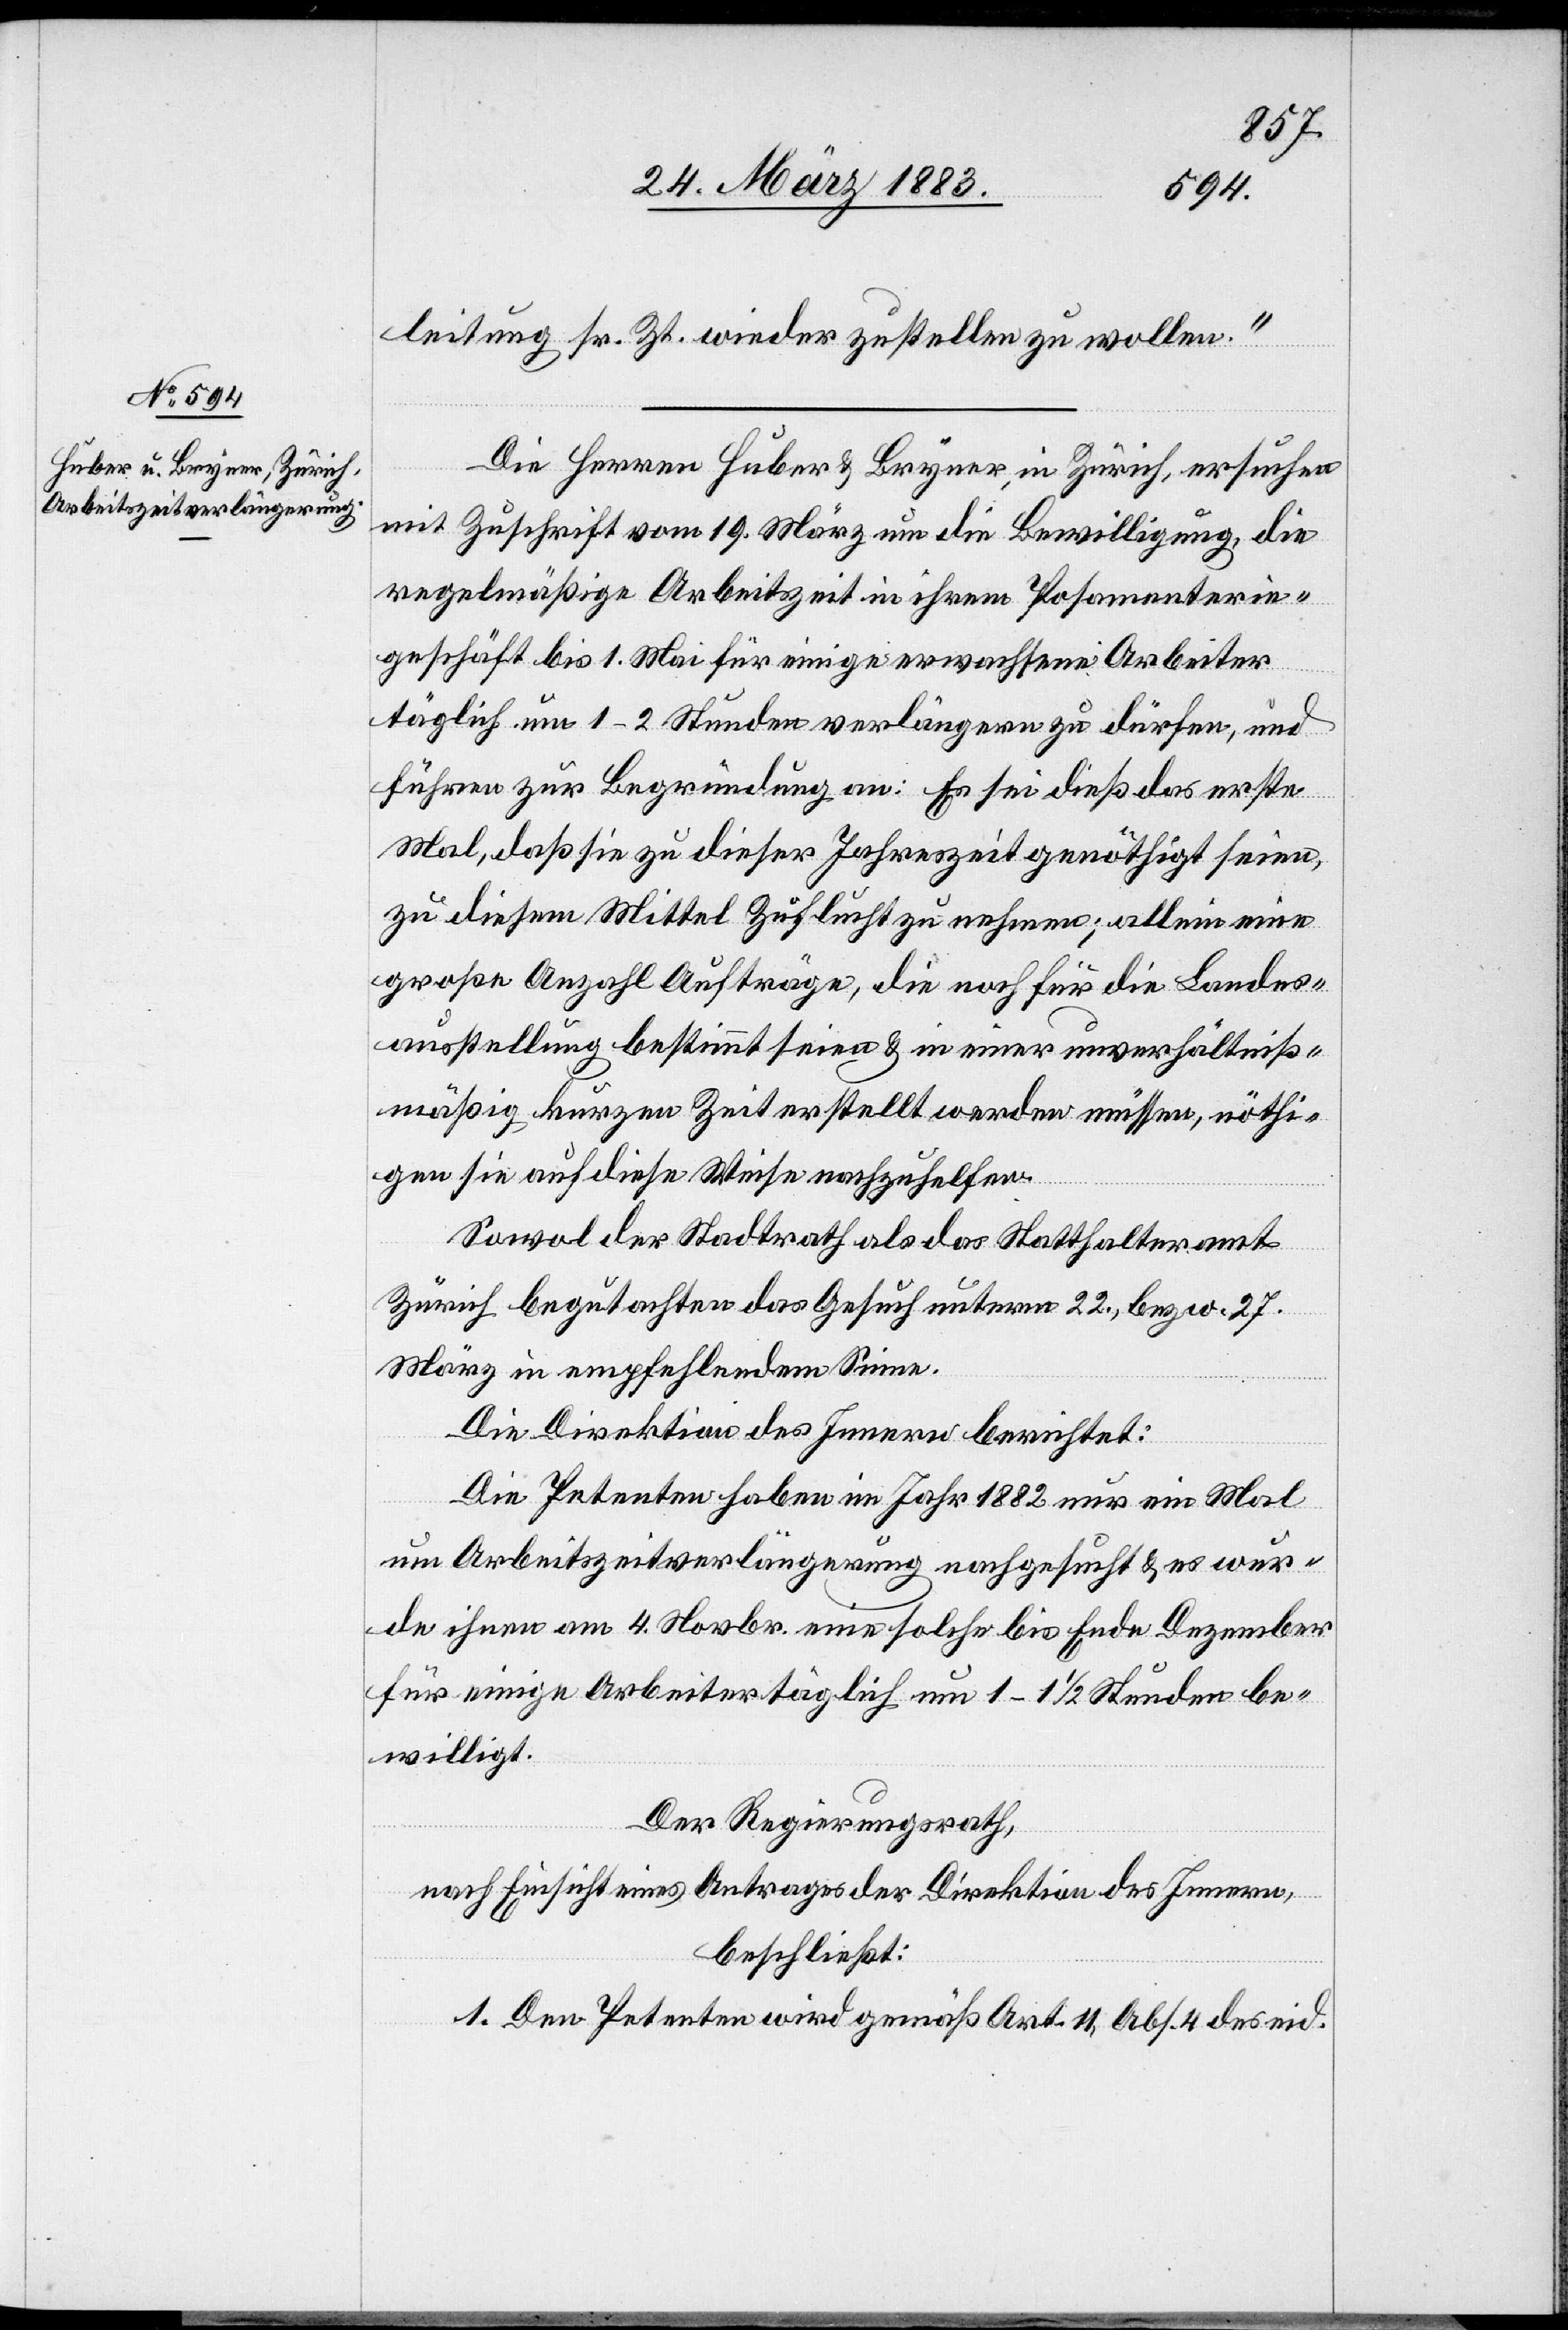
29. März 1883.]
leitung sr. Zt. wieder zustellen zu wollen.“
l-Verfüg¬
Die Herren Huber & Bryner, in Zürich, ersuchen
mit Zuschrift vom 19. März um die Bewilligung, die
regelmäßige Arbeitszeit in ihrem Posamenterie¬
geschäft bis 1. Mai für einige erwachsene Arbeiter
ungen
täglich um 1–2 Stunden verlängern zu dürfen, und
führen zur Begründung an: Es sei dieß das erste
Mal, daß sie zu dieser Jahreszeit genöthigt seien,
zu diesem Mittel Zuflucht zu nehmen; allein eine
große Anzahl Aufträge, die noch für die Landes¬
ausstellung bestimmt seien & in einer unverhältniß¬
mäßig kurzen Zeit erstellt werden müssen, nöthi¬
gen sie auf diese Weise nachzuhelfen.
Sowol der Stadtrath als das Statthalteramt
Zürich begutachten das Gesuch unterm 22., bezw. 27.
März in empfehlendem Sinne.
Die Direktion des Innern berichtet:
Die Petenten haben im Jahr 1882 nur ein Mal
um Arbeitszeitverlängerung nachgesucht & es wur¬
de ihnen am 4. Novbr. eine solche bis Ende Dezember
für einige Arbeiter täglich um 1–1 1/2 Stunden be¬
willigt.
Der Regierungsrath,
nach Einsicht eines Antrages der Direktion des Innern,
beschließt:
1. Den Petenten wird gemäß Art. 11, Abs. 4 des eid.